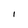
Character: l